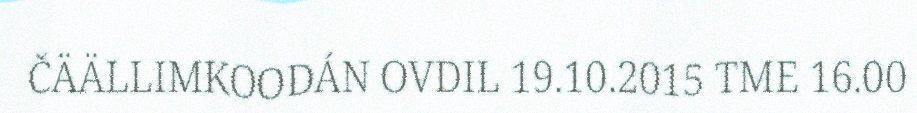
ČÄÄLLIMKOODÁN OVDIL 19.10.2015 TME 16.00